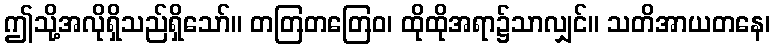
ဤသို့အလိုရှိသည်ရှိသော်။ တတြတတြေဝ၊ ထိုထိုအရာ၌သာလျှင်။ သတိအာယတနေ၊